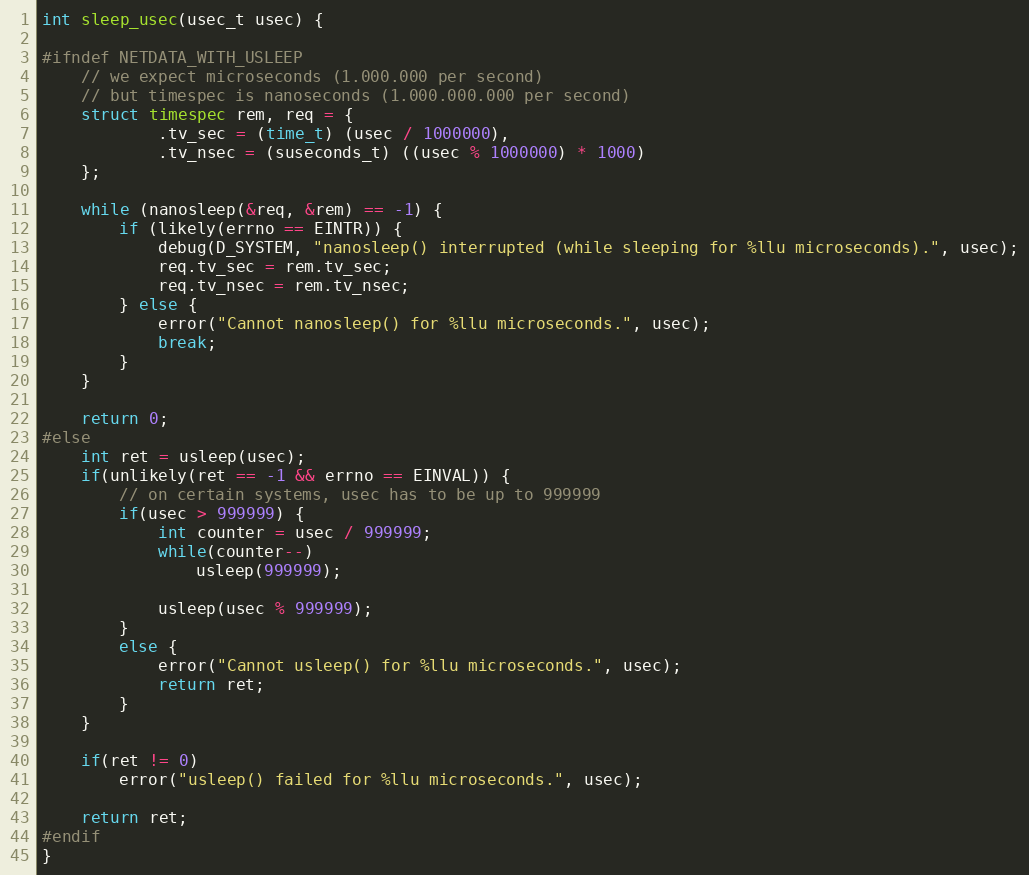
Language: C
int sleep_usec(usec_t usec) {

#ifndef NETDATA_WITH_USLEEP
    // we expect microseconds (1.000.000 per second)
    // but timespec is nanoseconds (1.000.000.000 per second)
    struct timespec rem, req = {
            .tv_sec = (time_t) (usec / 1000000),
            .tv_nsec = (suseconds_t) ((usec % 1000000) * 1000)
    };

    while (nanosleep(&req, &rem) == -1) {
        if (likely(errno == EINTR)) {
            debug(D_SYSTEM, "nanosleep() interrupted (while sleeping for %llu microseconds).", usec);
            req.tv_sec = rem.tv_sec;
            req.tv_nsec = rem.tv_nsec;
        } else {
            error("Cannot nanosleep() for %llu microseconds.", usec);
            break;
        }
    }

    return 0;
#else
    int ret = usleep(usec);
    if(unlikely(ret == -1 && errno == EINVAL)) {
        // on certain systems, usec has to be up to 999999
        if(usec > 999999) {
            int counter = usec / 999999;
            while(counter--)
                usleep(999999);

            usleep(usec % 999999);
        }
        else {
            error("Cannot usleep() for %llu microseconds.", usec);
            return ret;
        }
    }

    if(ret != 0)
        error("usleep() failed for %llu microseconds.", usec);

    return ret;
#endif
}